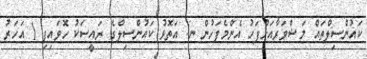
ކައުންސިލްތައް މަޝްވަރާއަށްފަހު އެންމެފަހުން ނ. އަތޮޅު ކައުންސިލްގެ ރައީސަކު ހޮވައިފި 1 އަހަރު